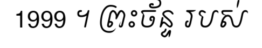
1999 ។ ព្រះច័ន្ទ របស់